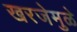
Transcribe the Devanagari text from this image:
खरजेमुळे